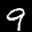
Label: 9